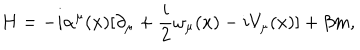
H = - i \alpha ^ { \mu } ( x ) [ \partial _ { \mu } + \frac { i } { 2 } \omega _ { \mu } ( x ) - i V _ { \mu } ( x ) ] + \beta m ,